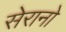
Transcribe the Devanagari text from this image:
सेरानो